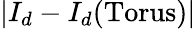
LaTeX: |I_{d}-I_{d}(\mathrm{Torus})|